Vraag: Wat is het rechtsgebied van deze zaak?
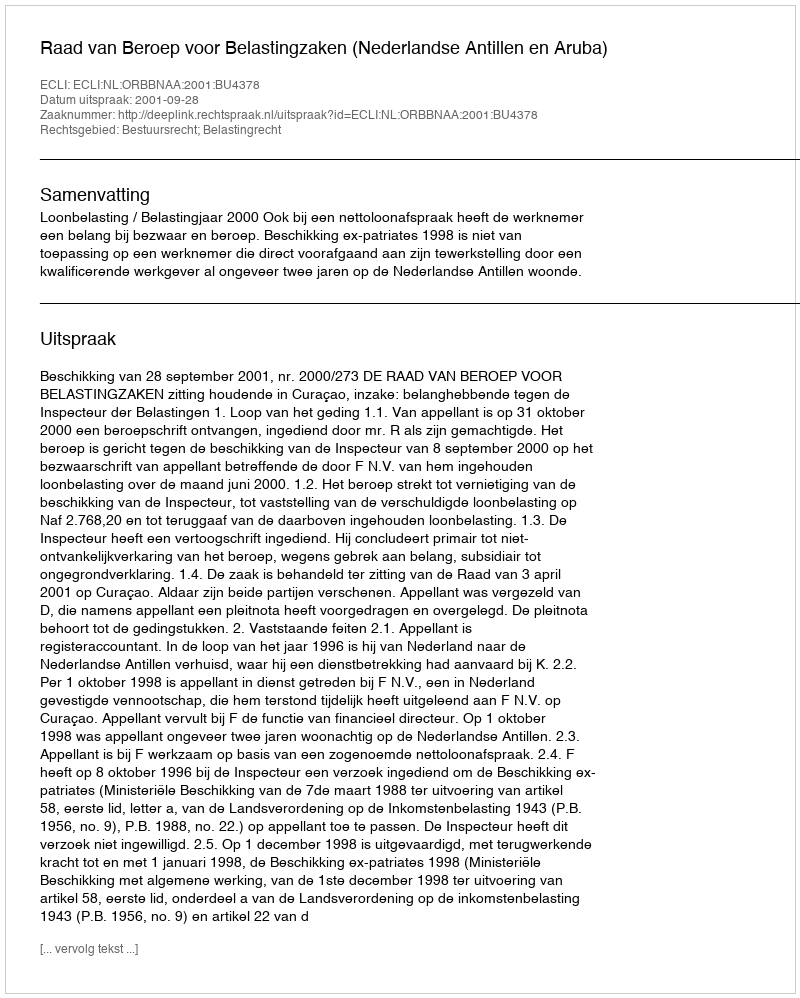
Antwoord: Bestuursrecht; Belastingrecht